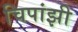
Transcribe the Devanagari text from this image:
चिपांझी